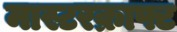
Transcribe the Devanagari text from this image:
मास्टरक्राफ्ट